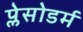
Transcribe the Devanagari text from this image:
प्लेसोडर्म